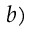
b )